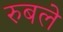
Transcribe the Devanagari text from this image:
रुबले